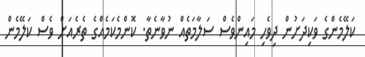
ކަލޭމެންގެ ވަކިދަށުން ދިވެހި މައިންވެސް ސަލާމަތެއް ނުވާނެތާ. ކޮންމެކަމެއްގެ ތެރެއަށް ވެސް ކަލޭމެން